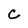
Character: C